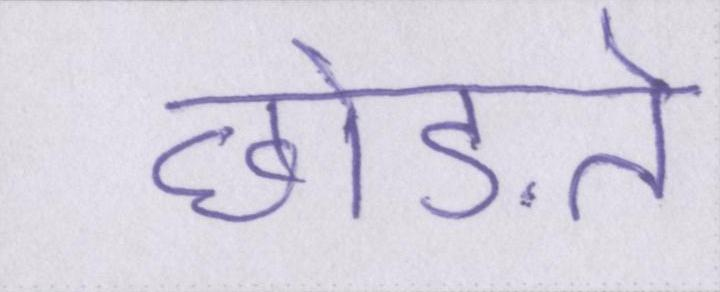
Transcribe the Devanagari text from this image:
छोड़ते